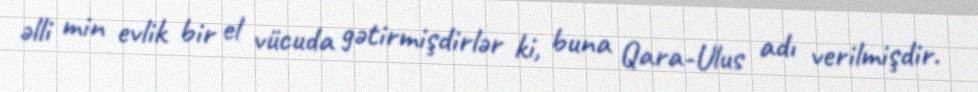
əlli min evlik bir el vücuda gətirmişdirlər ki, buna Qara-Ulus adı verilmişdir.